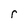
Character: r